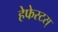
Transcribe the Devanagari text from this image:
हेफेस्टस्‌